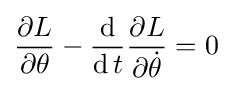
{\partial L \over \partial \theta }-{\operatorname {d}  \over \operatorname {d} t}{\partial L \over \partial {\dot {\theta }}}=0